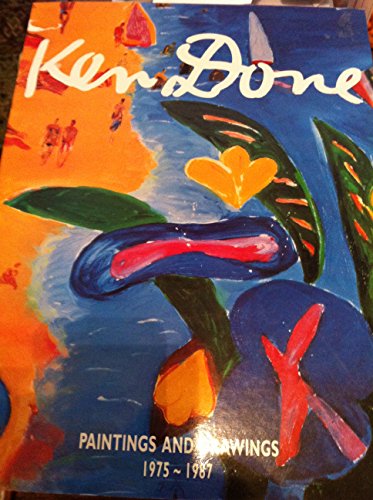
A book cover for Ken Done: Paintings and Drawings 1975-1987; Ken Done; Crafts, Hobbies & Home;